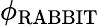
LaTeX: \phi_{\mathrm{RABBIT}}